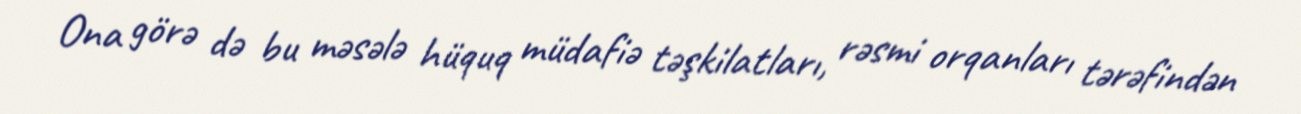
Ona görə də bu məsələ hüquq müdafiə təşkilatları, rəsmi orqanları tərəfindən